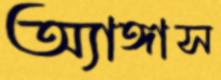
অ্যাঙ্গাস